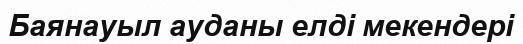
Баянауыл ауданы елді мекендері